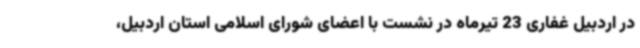
در اردبیل غفاری 23 تیرماه در نشست با اعضای شورای اسلامی استان اردبیل،